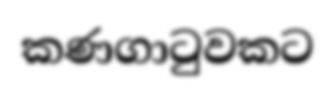
කණගාටුවකට